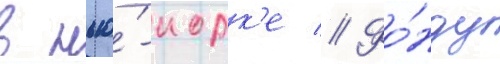
в нью́-иорк'е // Фо́нду